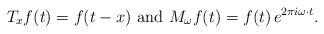
LaTeX: \begin{align*}T_x f(t) = f(t-x)\textnormal{ and } M_\omega f(t) = f(t) \, e^{2 \pi i \omega \cdot t}.\end{align*}